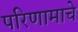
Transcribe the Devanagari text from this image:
परिणामाचे